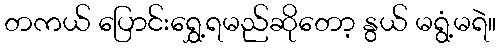
တကယ် ပြောင်းရွှေ့ရမည်ဆိုတော့ နွယ် မရွံ့မရဲ။